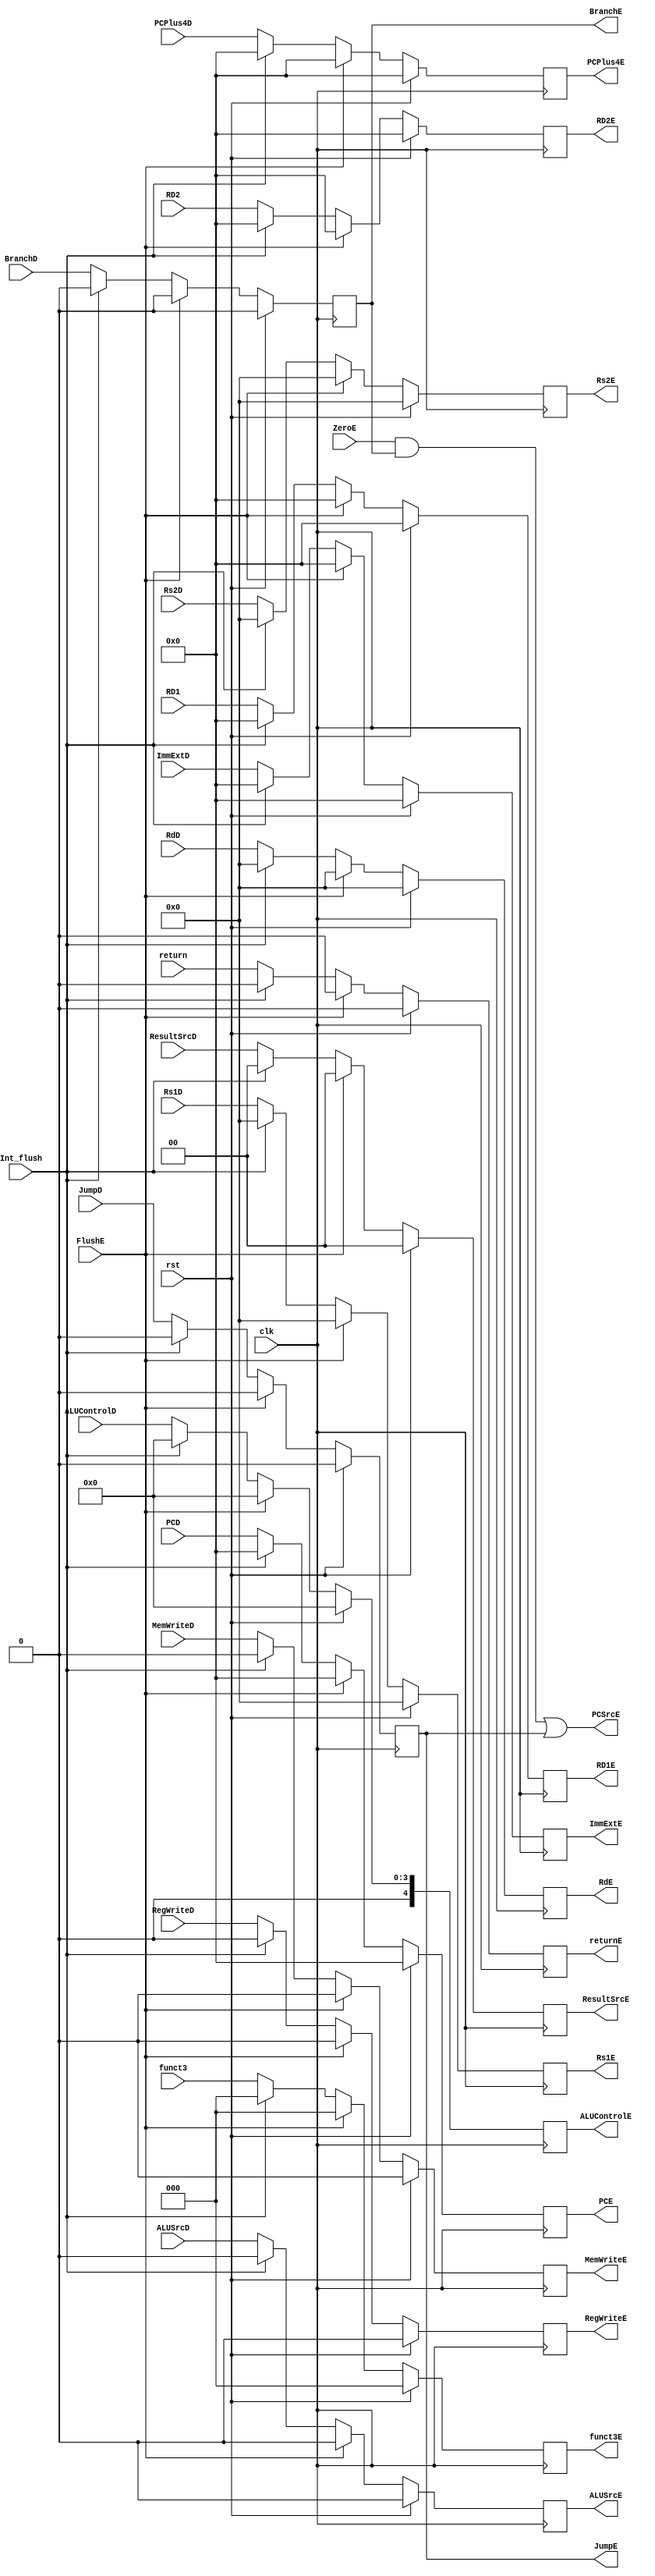
`timescale 1ns/1ns
module Second_register (
    input return,Int_flush,
    input [31:0] PCD, ImmExtD,PCPlus4D,RD1,RD2,
    input [4:0] RdD,Rs1D,Rs2D,
    input [2:0] funct3,
    input rst,clk,RegWriteD,MemWriteD,JumpD,BranchD,ALUSrcD,ZeroE,FlushE,
    input [1:0] ResultSrcD,
    input [3:0] ALUControlD,
    output reg RegWriteE,MemWriteE,JumpE,BranchE,ALUSrcE,PCSrcE,returnE,
    output reg [1:0] ResultSrcE,
    output reg [4:0] ALUControlE,
    output reg [31:0] PCE, ImmExtE,PCPlus4E,RD1E,RD2E,
    output reg [2:0] funct3E,
    output reg [4:0] RdE,Rs1E,Rs2E
);
    always @(posedge clk) begin
        if (rst) begin
            RegWriteE <= 0;
            MemWriteE <= 0;
            JumpE <= 0;
            BranchE <= 0;
            ALUSrcE <= 0;
            ResultSrcE <= 2'b00;
            ALUControlE <= 5'b00000;
            PCE <= 32'd0;
            ImmExtE <= 32'd0;
            PCPlus4E <= 32'd0;
            RD1E <= 32'd0;
            RD2E <= 32'd0;
            funct3E <= 3'd0;
            RdE <= 5'd0;
            Rs1E <= 5'd0;
            Rs2E <= 5'd0;
            returnE <= 0;
        end
        else if (FlushE) begin
            RegWriteE <= 0;
            MemWriteE <= 0;
            JumpE <= 0;
            BranchE <= 0;
            ALUSrcE <= 0;
            ResultSrcE <= 2'b00;
            ALUControlE <= 5'b00000;
            PCE <= 32'd0;
            ImmExtE <= 32'd0;
            PCPlus4E <= 32'd0;
            RD1E <= 32'd0;
            RD2E <= 32'd0;
            funct3E <= 3'd0;
            RdE <= 5'd0;
            Rs1E <= 5'd0;
            Rs2E <= 5'd0;
            returnE <= 0;
        end
        else if (Int_flush) begin
            RegWriteE <= 0;
            MemWriteE <= 0;
            JumpE <= 0;
            BranchE <= 0;
            ALUSrcE <= 0;
            ResultSrcE <= 2'b00;
            ALUControlE <= 5'b00000;
            PCE <= 32'd0;
            ImmExtE <= 32'd0;
            PCPlus4E <= 32'd0;
            RD1E <= 32'd0;
            RD2E <= 32'd0;
            funct3E <= 3'd0;
            RdE <= 5'd0;
            Rs1E <= 5'd0;
            Rs2E <= 5'd0;
            returnE <= 0;
        end
        else begin
            RegWriteE <= RegWriteD;
            MemWriteE <= MemWriteD;
            JumpE <= JumpD;
            BranchE <= BranchD;
            ALUSrcE <= ALUSrcD;
            ResultSrcE <= ResultSrcD;
            ALUControlE <= ALUControlD;
            PCE <= PCD;
            ImmExtE <= ImmExtD;
            PCPlus4E <= PCPlus4D;
            RD1E <= RD1;
            RD2E <= RD2;
            funct3E <= funct3;
            RdE <= RdD;
            Rs1E <= Rs1D;
            Rs2E <= Rs2D;
            returnE <= return;
        end
        
    end
    always @(*) begin
        PCSrcE <= (ZeroE && BranchE) || JumpE;
    end
    
endmodule